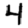
Digit: 4